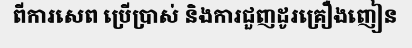
ពីការសេព ប្រើប្រាស់ និងការជួញដូរគ្រឿងញៀន